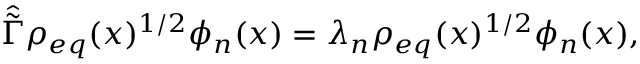
\hat { \tilde { \Gamma } } \rho _ { e q } ( x ) ^ { 1 / 2 } \phi _ { n } ( x ) = \lambda _ { n } \rho _ { e q } ( x ) ^ { 1 / 2 } \phi _ { n } ( x ) ,